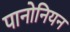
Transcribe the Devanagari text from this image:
पानोनियन